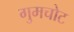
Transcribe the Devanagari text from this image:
गुमचोट